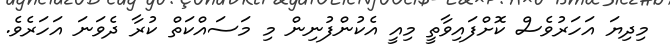
މިދިޔަ އަހަރުވެސް ކޮށްފައިވާތީ މިއީ އެކުންފުނިން މި މަސައްކަތް ކުރާ ދެވަނަ އަހަރެވެ.